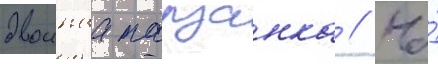
двоинаа тарзанка // На́